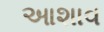
આશાવ